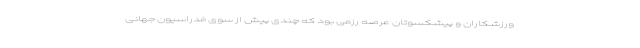
ورزشکاران و پیشکسوتان عرصه رزمی بود که چندی پیش از سوی فدراسیون جهانی